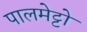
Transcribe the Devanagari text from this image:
पालमेट्टो